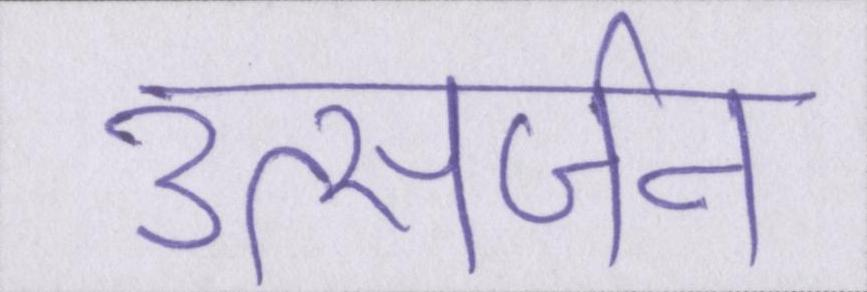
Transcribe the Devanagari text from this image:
उत्सर्जन